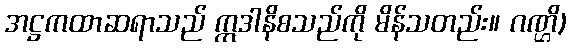
အဋ္ဌကထာဆရာသည် ဣဒါနိစသည်ကို မိန်သတည်း။ ဂဏ္ဌိ)